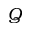
Q